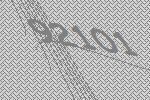
92101